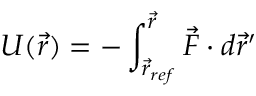
U ( \vec { r } ) = - \int _ { \vec { r } _ { r e f } } ^ { \vec { r } } \vec { F } \cdot d \vec { r } ^ { \prime }